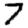
Digit: 7